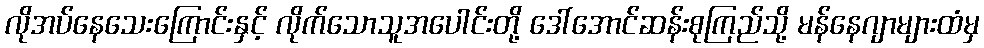
လိုအပ်နေသေးကြောင်းနှင့် လိုက်သောသူအပေါင်းတို့ ဒေါ်အောင်ဆန်းစုကြည်သို့ မန်နေဂျာများထံမှ